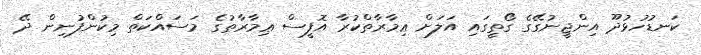
ކަނޑުހުޅުދޫ އިންޖީނުގޭގެ ގޯތީގައި އަލަށް ޢިމާރާތްކުރާ އޮފީސް ޢިމާރާތުގެ މަސައްކަތް މިކުންފުނިން ދޭ